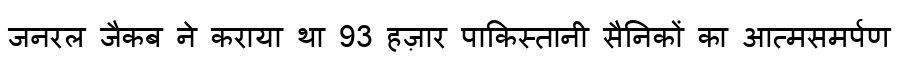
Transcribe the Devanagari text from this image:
जनरल जैकब ने कराया था 93 हज़ार पाकिस्तानी सैनिकों का आत्मसमर्पण